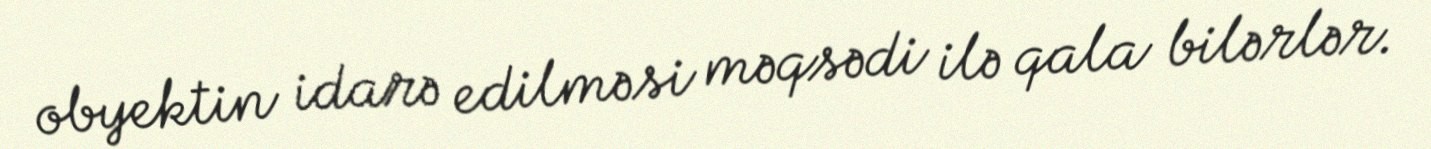
obyektin idarə edilməsi məqsədi ilə qala bilərlər.